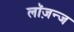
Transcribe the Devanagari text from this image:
लॉज़न्ज